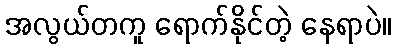
အလွယ်တကူ ရောက်နိုင်တဲ့ နေရာပဲ။